Medical and sanitary report of the native army of Bengal for the year
Year: 1877
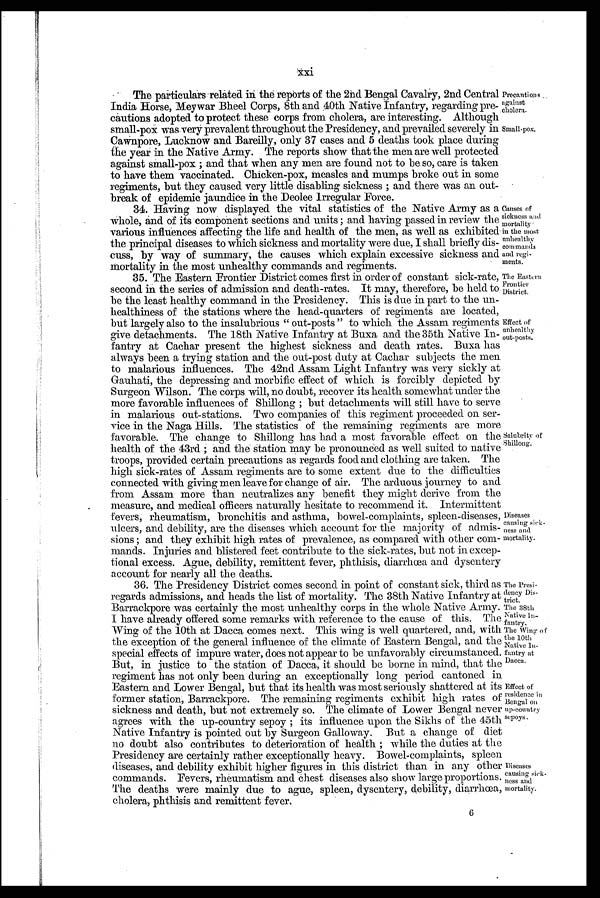
Precautions
against
cholera.
Small-pox,
The Presi-
dency Dis-
trict.
The 38th
Native
Infantry.
The Wing of
the 10th
Native In-
fantry at
Dacca.
Effect of
residence in
Bengal on
up-country
sepoys.
xxi
The particulars related in the reports of the 2nd Bengal Cavalry, 2nd Central
India Horse, Meywar Bheel Corps, 8th and 40th Native Infantry, regarding pre-
cautions adopted to protect these corps from cholera, are interesting. Although
small-pox was very prevalent throughout the Presidency, and prevailed severely in
Cawnpore, Lucknow and Bareilly, only 37 cases and 5 deaths took place during
the year in the Native Army. The reports show that the men are well protected
against small-pox ; and that when any men are found not to be so, care is taken
to have them vaccinated. Chicken-pox, measles and mumps broke out in some
regiments, but they caused very little disabling sickness ; and there was an out-
break of epidemic jaundice in the Deolee Irregular Force.
34. Having now displayed the vital statistics of the Native Army as a
whole, and of its component sections and units ; and having passed in review the
various influences affecting the life and health of the men, as well as exhibited
the principal diseases to which sickness and mortality were due, I shall briefly dis-
cuss, by way of summary, the causes which explain excessive sickness and
mortality in the most unhealthy commands and regiments.
Causes of
sickness and
mortality
in the most
unhealthy
commands
and regi-
ments.
35. The Eastern Frontier District comes first in order of constant sick-rate,
second in the series of admission and death-rates. It may, therefore, be held to
be the least healthy command in the Presidency. This is due in part to the un-
healthiness of the stations where the head-quarters of regiments are located,
but largely also to the insalubrious " out-posts " to which the Assam regiments
give detachments. The 18th Native Infantry at Buxa and the 35th Native In-
fantry at Cachar present the highest sickness and death rates. Buxa has
always been a trying station and the out-post duty at Cachar subjects the men
to malarious influences. The 42nd Assam Light Infantry was very sickly at
Gauhati, the depressing and morbific effect of which is forcibly depicted by
Surgeon Wilson. The corps will, no doubt, recover its health somewhat under the
more favorable influences of Shillong ; but detachments will still have to serve
in malarious out-stations. Two companies of this regiment proceeded on ser-
vice in the Naga Hills. The statistics of the remaining regiments are more
favorable. The change to Shillong has had a most favorable effect on the
health of the 43rd ; and the Station may be pronounced as well suited to native
troops, provided certain precautions as regards food and clothing are taken. The
high sick-rates of Assam regiments are to some extent due to the difficulties
connected with giving men leave for change of air. The arduous journey to and
from Assam more than neutralizes any benefit they might derive from the
measure, and medical officers naturally hesitate to recommend it. Intermittent
fevers, rheumatism, bronchitis and asthma, bowel-complaints, spleen-diseases,
ulcers, and debility, are the diseases which account for the majority of admis-
sions ; and they exhibit high rates of prevalence, as compared with other com-
mands. Injuries and blistered feet contribute to the sick-rates, but not in excep-
tional excess. Ague, debility, remittent fever, phthisis, diarrhœa and dysentery
account for nearly all the deaths.
36. The Presidency District comes second in point of constant sick, third as
regards admissions, and heads the list of mortality. The 38th Native Infantry at
Barrackpore was certainly the most unhealthy corps in the whole Native Army.
I have already offered some remarks with reference to the cause of this. The
Wing of the 10th at Dacca comes next. This wing is well quartered, and, with
the exception of the general influence of the climate of Eastern Bengal, and the
special effects of impure water, does not appear to be unfavorably circumstanced.
But, in justice to the station of Dacca, it should be borne in mind, that the
regiment has not only been during an exceptionally long period cantoned in
Eastern and Lower Bengal, but that its health was most seriously shattered at its
former station, Barrackpore. The remaining regiments exhibit high rates of
sickness and death, but not extremely so. The climate of Lower Bengal never
agrees with the up-country sepoy ; its influence upon the Sikhs of the 45th
Native Infantry is pointed out by Surgeon Galloway. But a change of diet
no doubt also contributes to deterioration of health ; while the duties at the
Presidency are certainly rather exceptionally heavy. Bowel-complaints, spleen
diseases, and debility exhibit higher figures in this district than in any other
commands. Fevers, rheumatism and Chest diseases also show large proportions.
The deaths were mainly due to ague, spleen, dysentery, debility, diarrhœa,
cholera, phthisis and remittent fever.
Salubrity of
Shillong.
Diseases
causing sick-
ness and
mortality.
Diseases
causing sick-
ness and
mortality.
The Eastern
Frontier
District.
Effect of
unhealthy
out-posts.
6